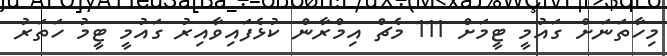
މިހާތަނަށް ގައުމީ ޓީމަށް 111 މެޗް އިމްރާން ކުޅެފައިވާއިރު ގައުމީ ޓީމު ހަތަރު